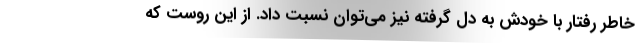
خاطر رفتار با خودش به دل گرفته نیز می‌توان نسبت داد. از این روست که